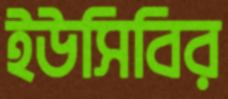
ইউসিবির